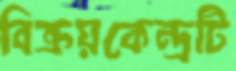
বিক্রয়কেন্দ্রটি